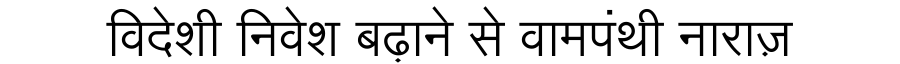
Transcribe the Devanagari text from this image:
विदेशी निवेश बढ़ाने से वामपंथी नाराज़